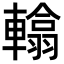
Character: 𨎰